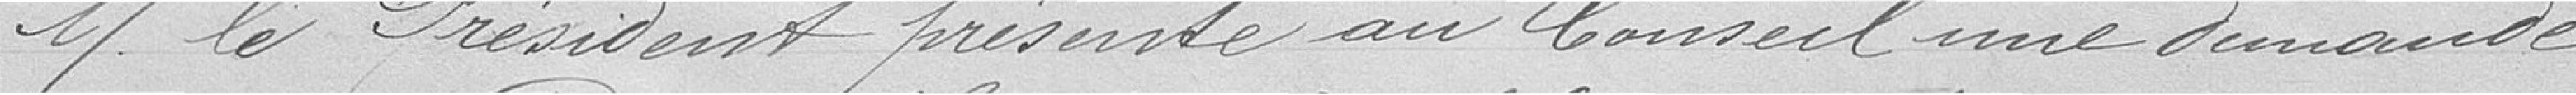
M. le Président présente au Conseil une demande